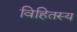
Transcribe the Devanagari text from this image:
विहितस्य